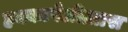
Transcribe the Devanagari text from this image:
हक्कापेलीत्तास